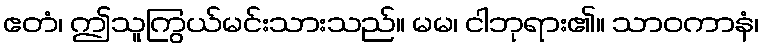
ဧတံ၊ ဤသူကြွယ်မင်းသားသည်။ မမ၊ ငါဘုရား၏။ သာဝကာနံ၊